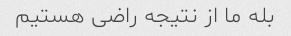
بله ما از نتیجه راضی هستیم